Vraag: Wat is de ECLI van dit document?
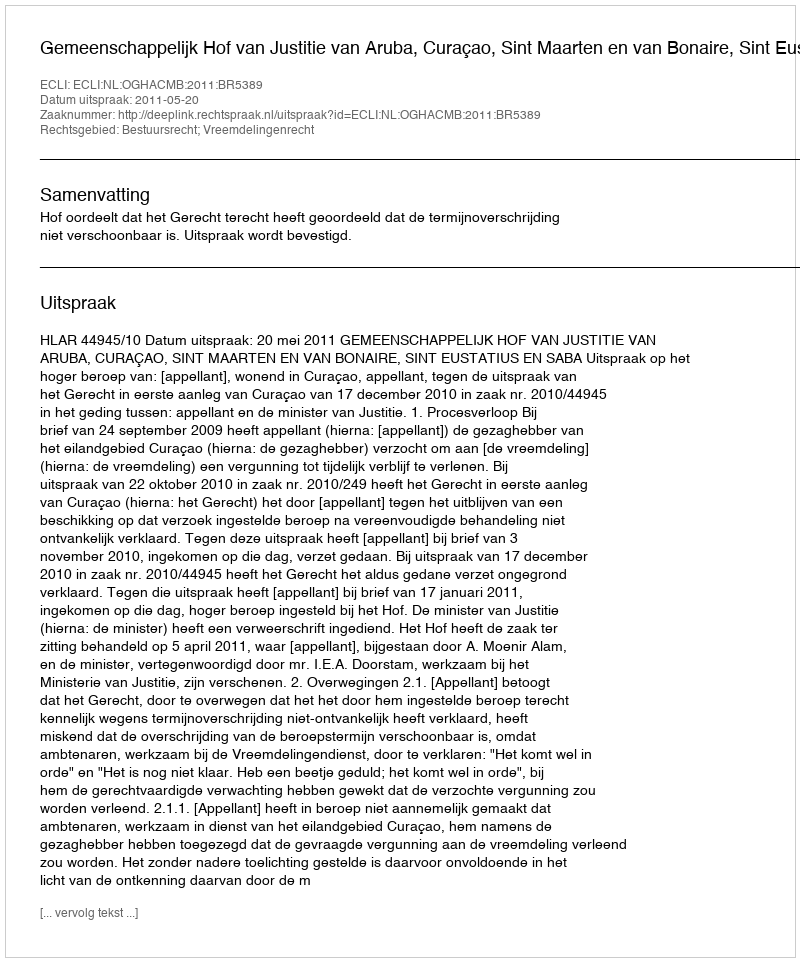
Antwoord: ECLI:NL:OGHACMB:2011:BR5389